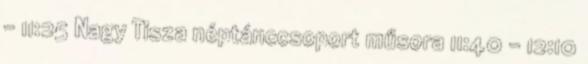
– 11:25 Nagy Tisza néptánccsoport műsora 11:40 – 12:10